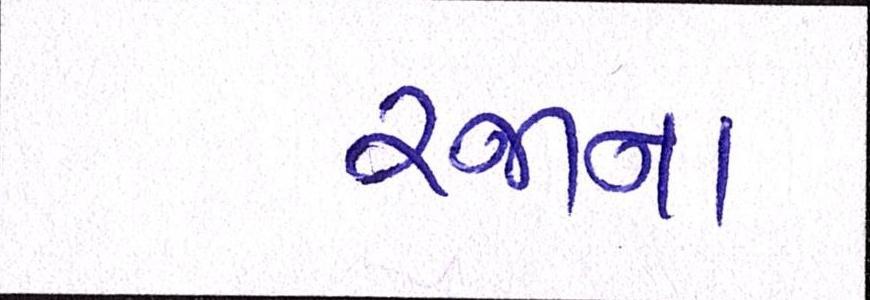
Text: રજાના